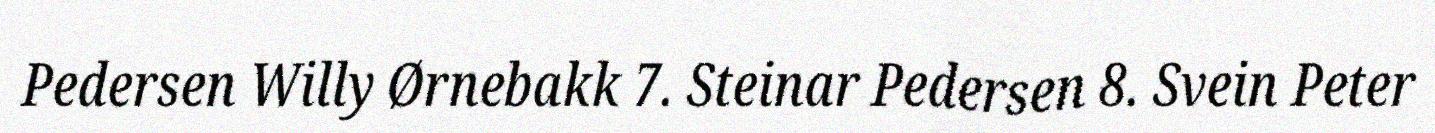
Pedersen Willy Ørnebakk 7. Steinar Pedersen 8. Svein Peter